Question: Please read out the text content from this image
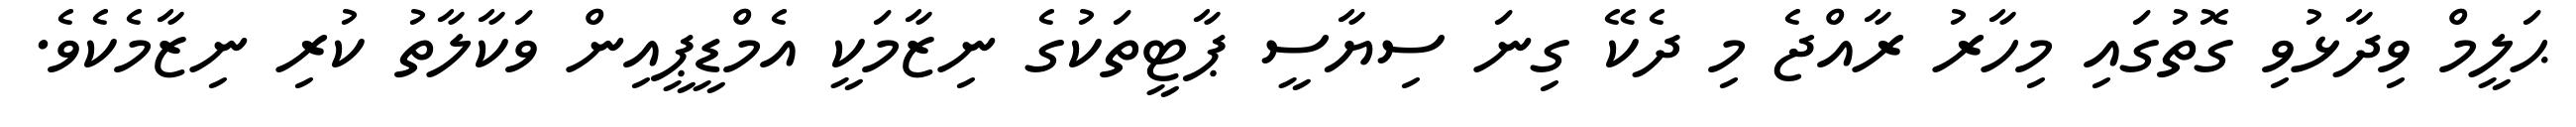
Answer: ޙަލީމް ވިދާޅުވި ގޮތުގައި މިހާރު ރާއްޖެ މި ދެކޭ ގިނަ ސިޔާސީ ޕާޓީތަކުގެ ނިޒާމަކީ އެމްޑީޕީއިން ވަކާލާތު ކުރި ނިޒާމެކެވެ.